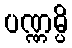
ပဏ္ဏမ္ပိ